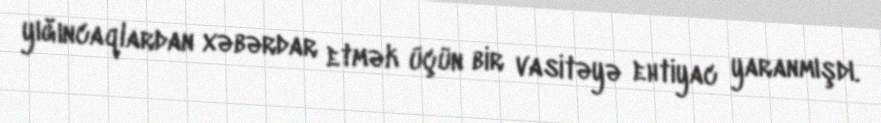
yığıncaqlardan xəbərdar etmək üçün bir vasitəyə ehtiyac yaranmışdı.